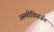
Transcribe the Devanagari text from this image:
अस्थीविसर्जन